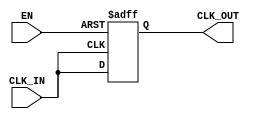
module basic_clock_buffer (
    input wire CLK_IN,      // Input clock signal
    input wire EN,         // Enable signal
    output reg CLK_OUT      // Buffered clock output
);

// Parameters for buffer characteristics
parameter LOW_STATE = 1'b0; // Defined low state
parameter HIGH_STATE = 1'b1; // Defined high state

// Internal signal for clock buffering
reg clk_buffer;

// Always block to handle clock buffering and enable functionality
always @(posedge CLK_IN or negedge EN) begin
    if (!EN) begin
        // When enable is low, hold CLK_OUT in a defined state
        CLK_OUT <= LOW_STATE;
    end else begin
        // When enable is high, pass the input clock to the output
        CLK_OUT <= CLK_IN;
    end
end

endmodule